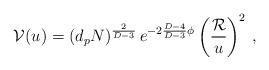
LaTeX: \begin{align*}{\cal V}(u)=(d_p N)^{2 \over D-3}\, e^{-2 {D-4 \over D-3} \phi} \left( {{\cal R} \over u} \right)^2 \, ,\end{align*}